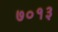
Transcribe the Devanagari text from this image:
७०१३